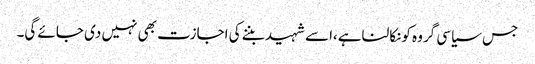
جس سیاسی گروہ کونکالناہے،اسے شہیدبننے کی اجازت بھی نہیں دی جائے گی۔